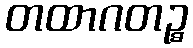
တထာဂတဉ္စ